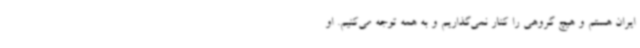
ایران هستم و هیچ گروهی را کنار نمی‌گذاریم و به همه توجه می‌کنیم. او